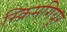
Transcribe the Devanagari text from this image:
स्क्रिमगियूर